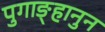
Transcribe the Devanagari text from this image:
पुगाङ्हानुन